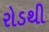
રોડથી